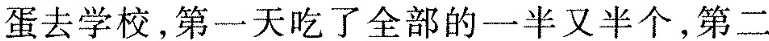
蛋去学校，第一天吃了全部的一半又半个，第二